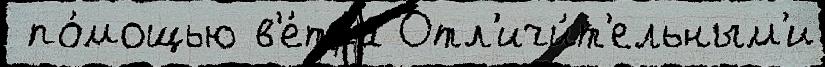
 по́мощью в'е́тра Отл'ичи́т'ельным'и